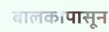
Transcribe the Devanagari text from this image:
बालकापासून